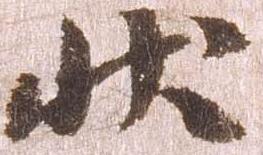
状